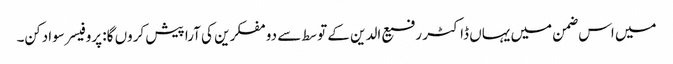
میں اس ضمن میں یہاں ڈاکٹر رفیع الدین کے توسط سے دو مفکرین کی آرا پیش کروں گا: پروفیسر سوادکن۔